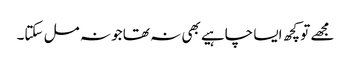
مجھے تو کچھ ایسا چاہیے بھی نہ تھا جو نہ مل سکتا۔